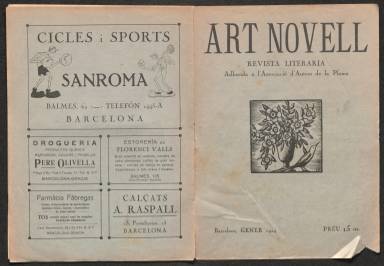
Título: Art novell
Colección: Literatura
Ámbito geográfico: Barcelona
Lugar de publicación: Barcelona
Fechas: 01/01/1924-31/01/1928